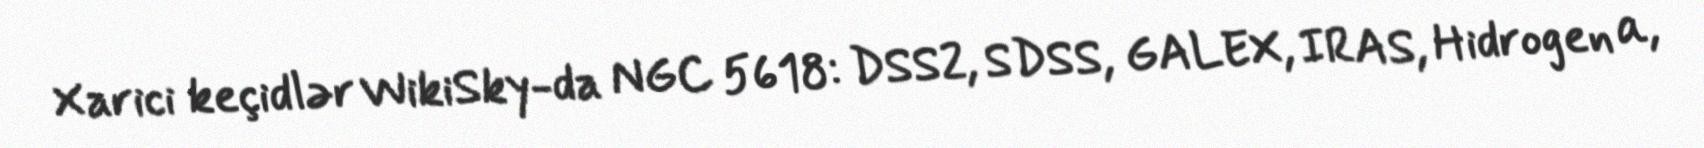
Xarici keçidlər WikiSky-da NGC 5618: DSS2, SDSS, GALEX, IRAS, Hidrogen α,